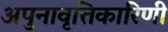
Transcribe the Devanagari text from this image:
अपुनावृत्तिकारिणी